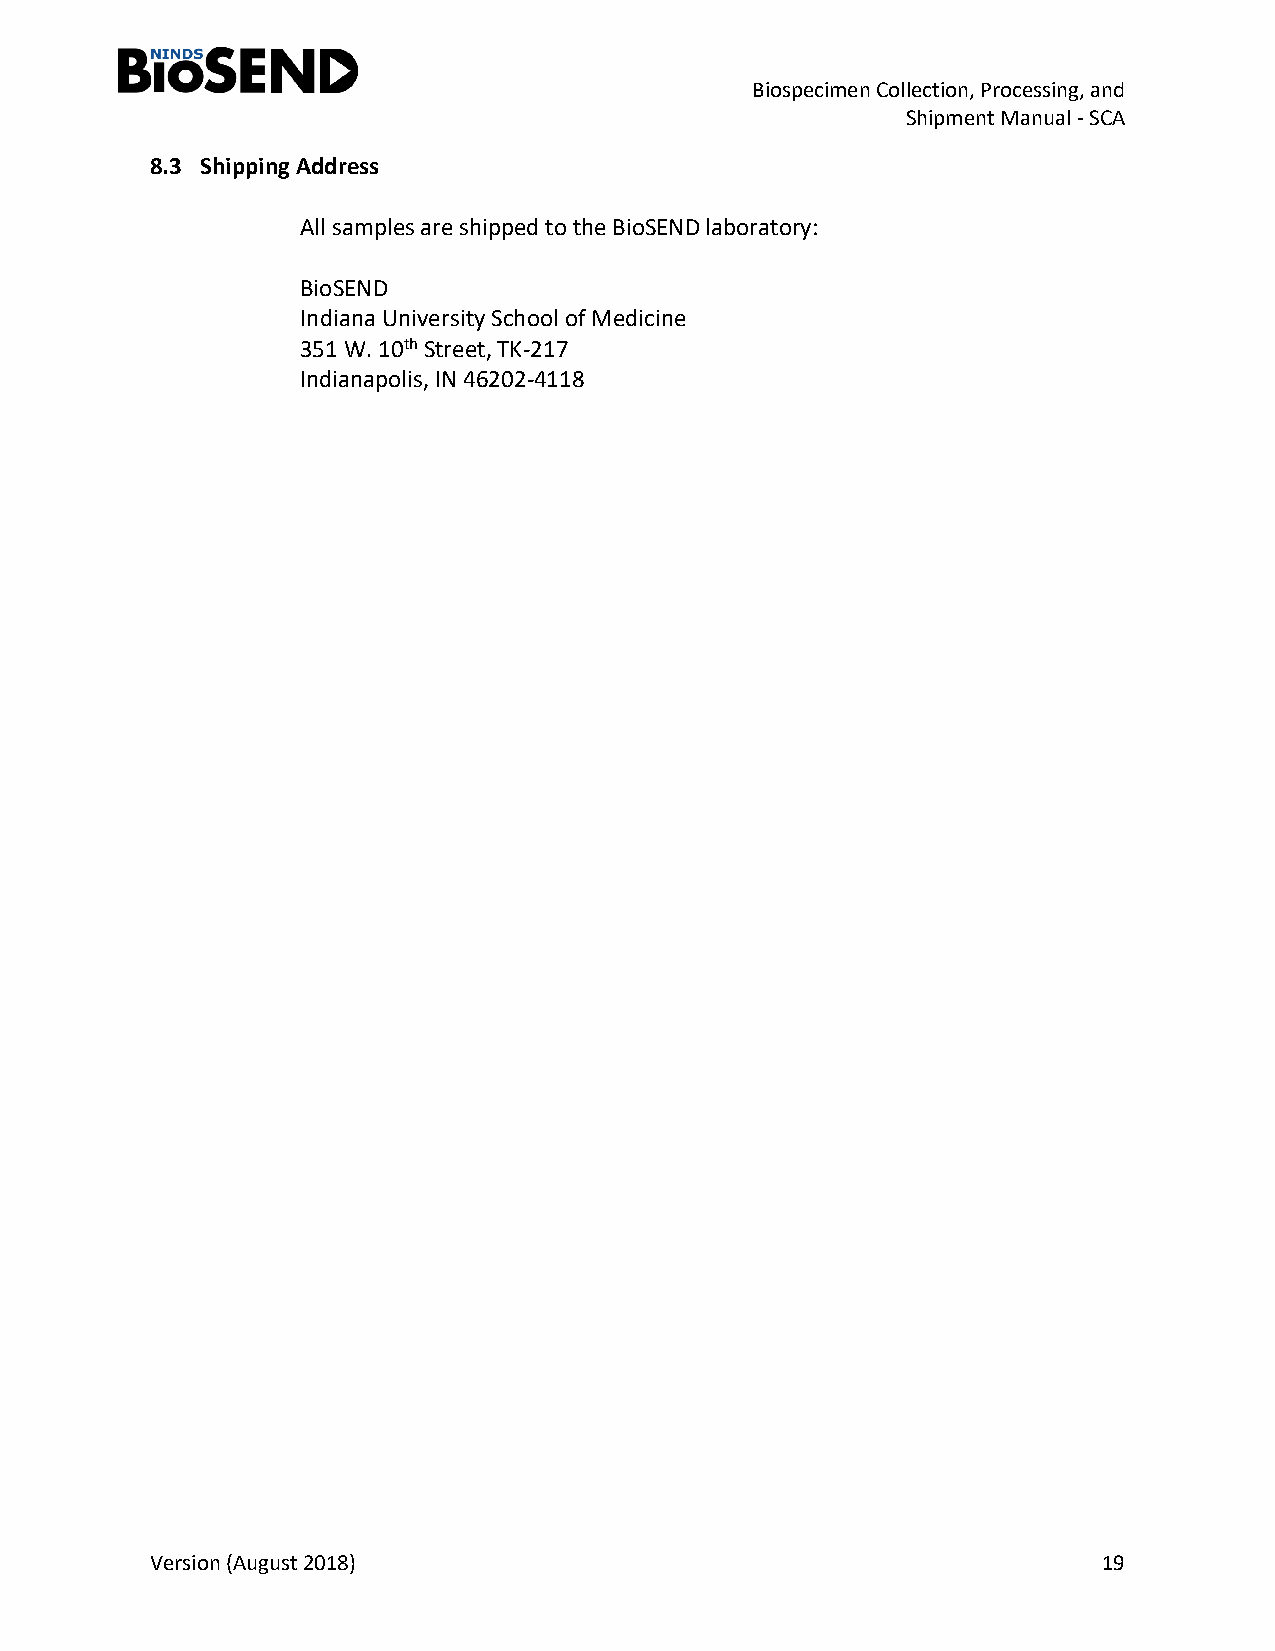
Biospecimen Collection, Processing, and
 Shipment Manual - SCA
 8.3 Shipping Address
 All samples are shipped to the BioSEND laboratory:
 BioSEND
 Indiana University School of Medicine
 351 W. 10th Street, TK-217
 Indianapolis, IN 46202-4118
 Version (August 2018)                                          19